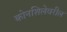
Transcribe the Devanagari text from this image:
कोनशिलेवरील